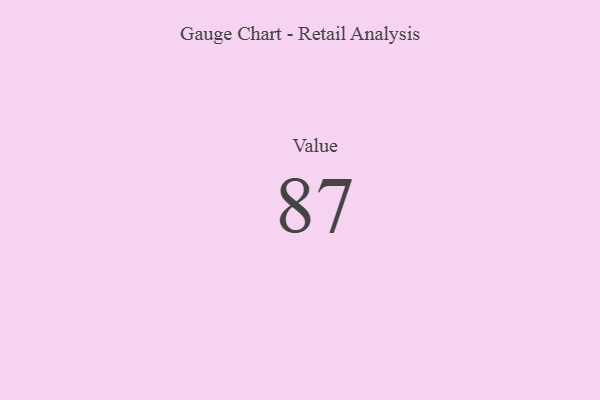
{"axis": {"x": "Metric", "y": "Value"}, "legend": [""], "data": [{"x": "Value", "y": 87, "type": ""}]}